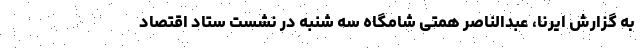
به گزارش ایرنا، عبدالناصر همتی شامگاه سه شنبه در نشست ستاد اقتصاد